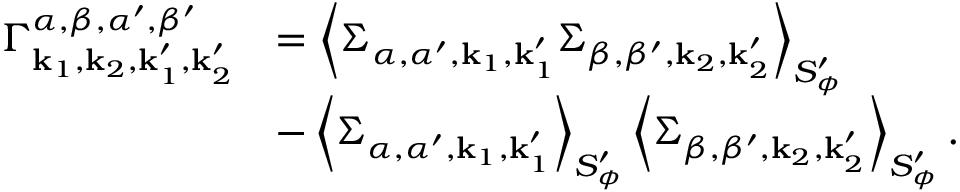
\begin{array} { r l } { \Gamma _ { { \mathbf { k } _ { 1 } } , { \mathbf { k } _ { 2 } } , { \mathbf { k } _ { 1 } ^ { \prime } } , { \mathbf { k } _ { 2 } ^ { \prime } } } ^ { \alpha , \beta , \alpha ^ { \prime } , \beta ^ { \prime } } } & { = \left< { \Sigma } _ { \alpha , \alpha ^ { \prime } , { \mathbf { k } _ { 1 } } , { \mathbf { k } _ { 1 } ^ { \prime } } } { \Sigma } _ { \beta , \beta ^ { \prime } , { \mathbf { k } _ { 2 } } , { \mathbf { k } _ { 2 } ^ { \prime } } } \right> _ { S _ { \phi } ^ { \prime } } } \\ & { - \left< { \Sigma } _ { \alpha , \alpha ^ { \prime } , { \mathbf { k } _ { 1 } } , { \mathbf { k } _ { 1 } ^ { \prime } } } \right> _ { S _ { \phi } ^ { \prime } } \left< { \Sigma } _ { \beta , \beta ^ { \prime } , { \mathbf { k } _ { 2 } } , { \mathbf { k } _ { 2 } ^ { \prime } } } \right> _ { S _ { \phi } ^ { \prime } } . } \end{array}